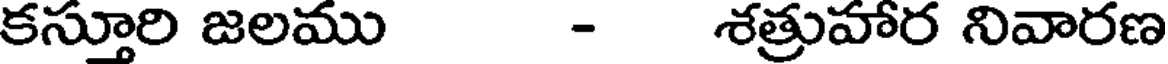
కస్తూరి జలము - శత్రుహార నివారణ